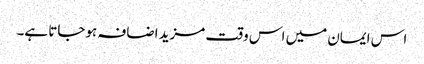
اس ایمان میں اس وقت مزید اضافہ ہوجاتا ہے۔